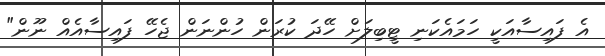
އެ ފައިސާއަކީ ހަމައެކަނި ޓީބިލަށް ހޭދަ ކުރަން ހުންނަން ޖެހޭ ފައިސާއެއް ނޫން"